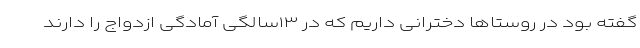
گفته بود در روستاها دخترانی داریم که در ۱۳سالگی آمادگی ازدواج را دارند